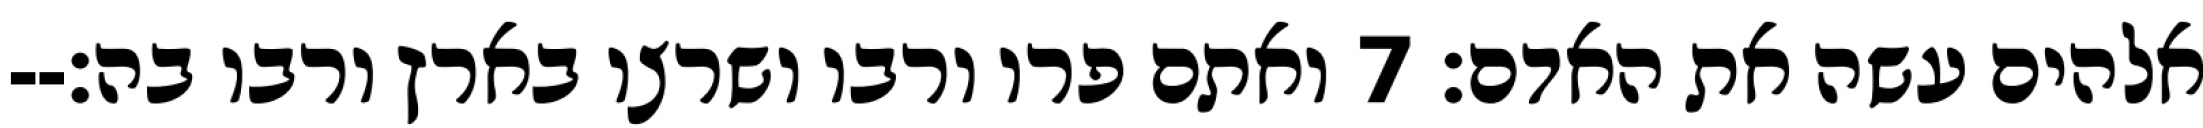
אלהים עשה את האדם׃ ‎7‏ ואתם פרו ורבו ושרצו בארץ ורבו בה׃--